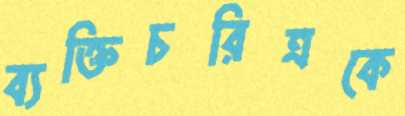
ব্যক্তিচরিত্রকে